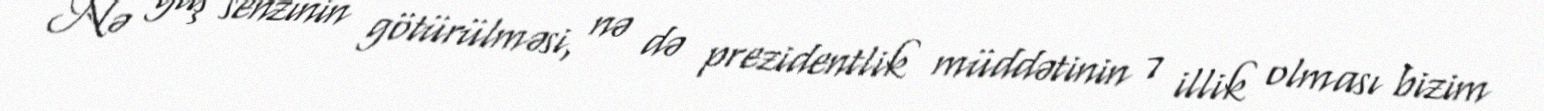
Nə yaş senzinin götürülməsi, nə də prezidentlik müddətinin 7 illik olması bizim